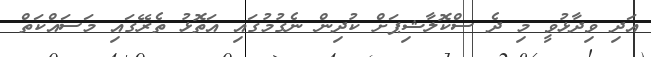
އަދި ވިދާޅުވީ މި ދެ ސްކޮލާޝިޕަށް ކުދިން ނެގުމުގައި އަތޮޅު ތެރޭގައި މަަސައްކަތް